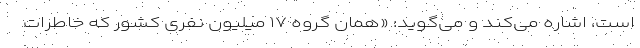
است، اشاره می‌کند و می‌گوید: «همان گروه ۱۷ میلیون نفری کشور که خاطرات